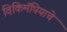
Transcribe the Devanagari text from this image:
विकिमॅपियाचे